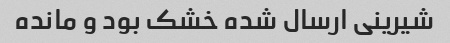
شیرینی ارسال شده خشک بود و مانده